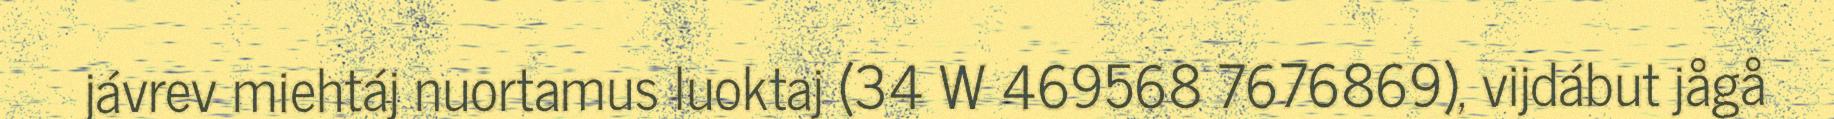
jávrev miehtáj nuortamus luoktaj (34 W 469568 7676869), vijdábut jågå